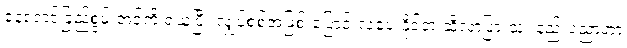
နေရောင်ခြည်စွမ်းအင်ကို ရယူပြီး လျှပ်စစ်အဖြစ် ပြောင်းလဲပေးနိုင်တဲ့ ဆိုလာပြားသုံး နည်းပညာဟာ